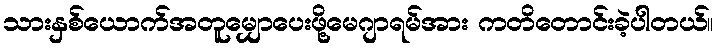
သားနှစ်ယောက်အတူမျှောပေးဖို့မေဂျာရမ်အား ကတိတောင်းခဲ့ပါတယ်။